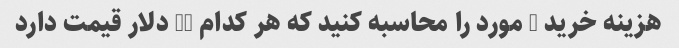
هزینه خرید 5 مورد را محاسبه کنید که هر کدام 15 دلار قیمت دارد